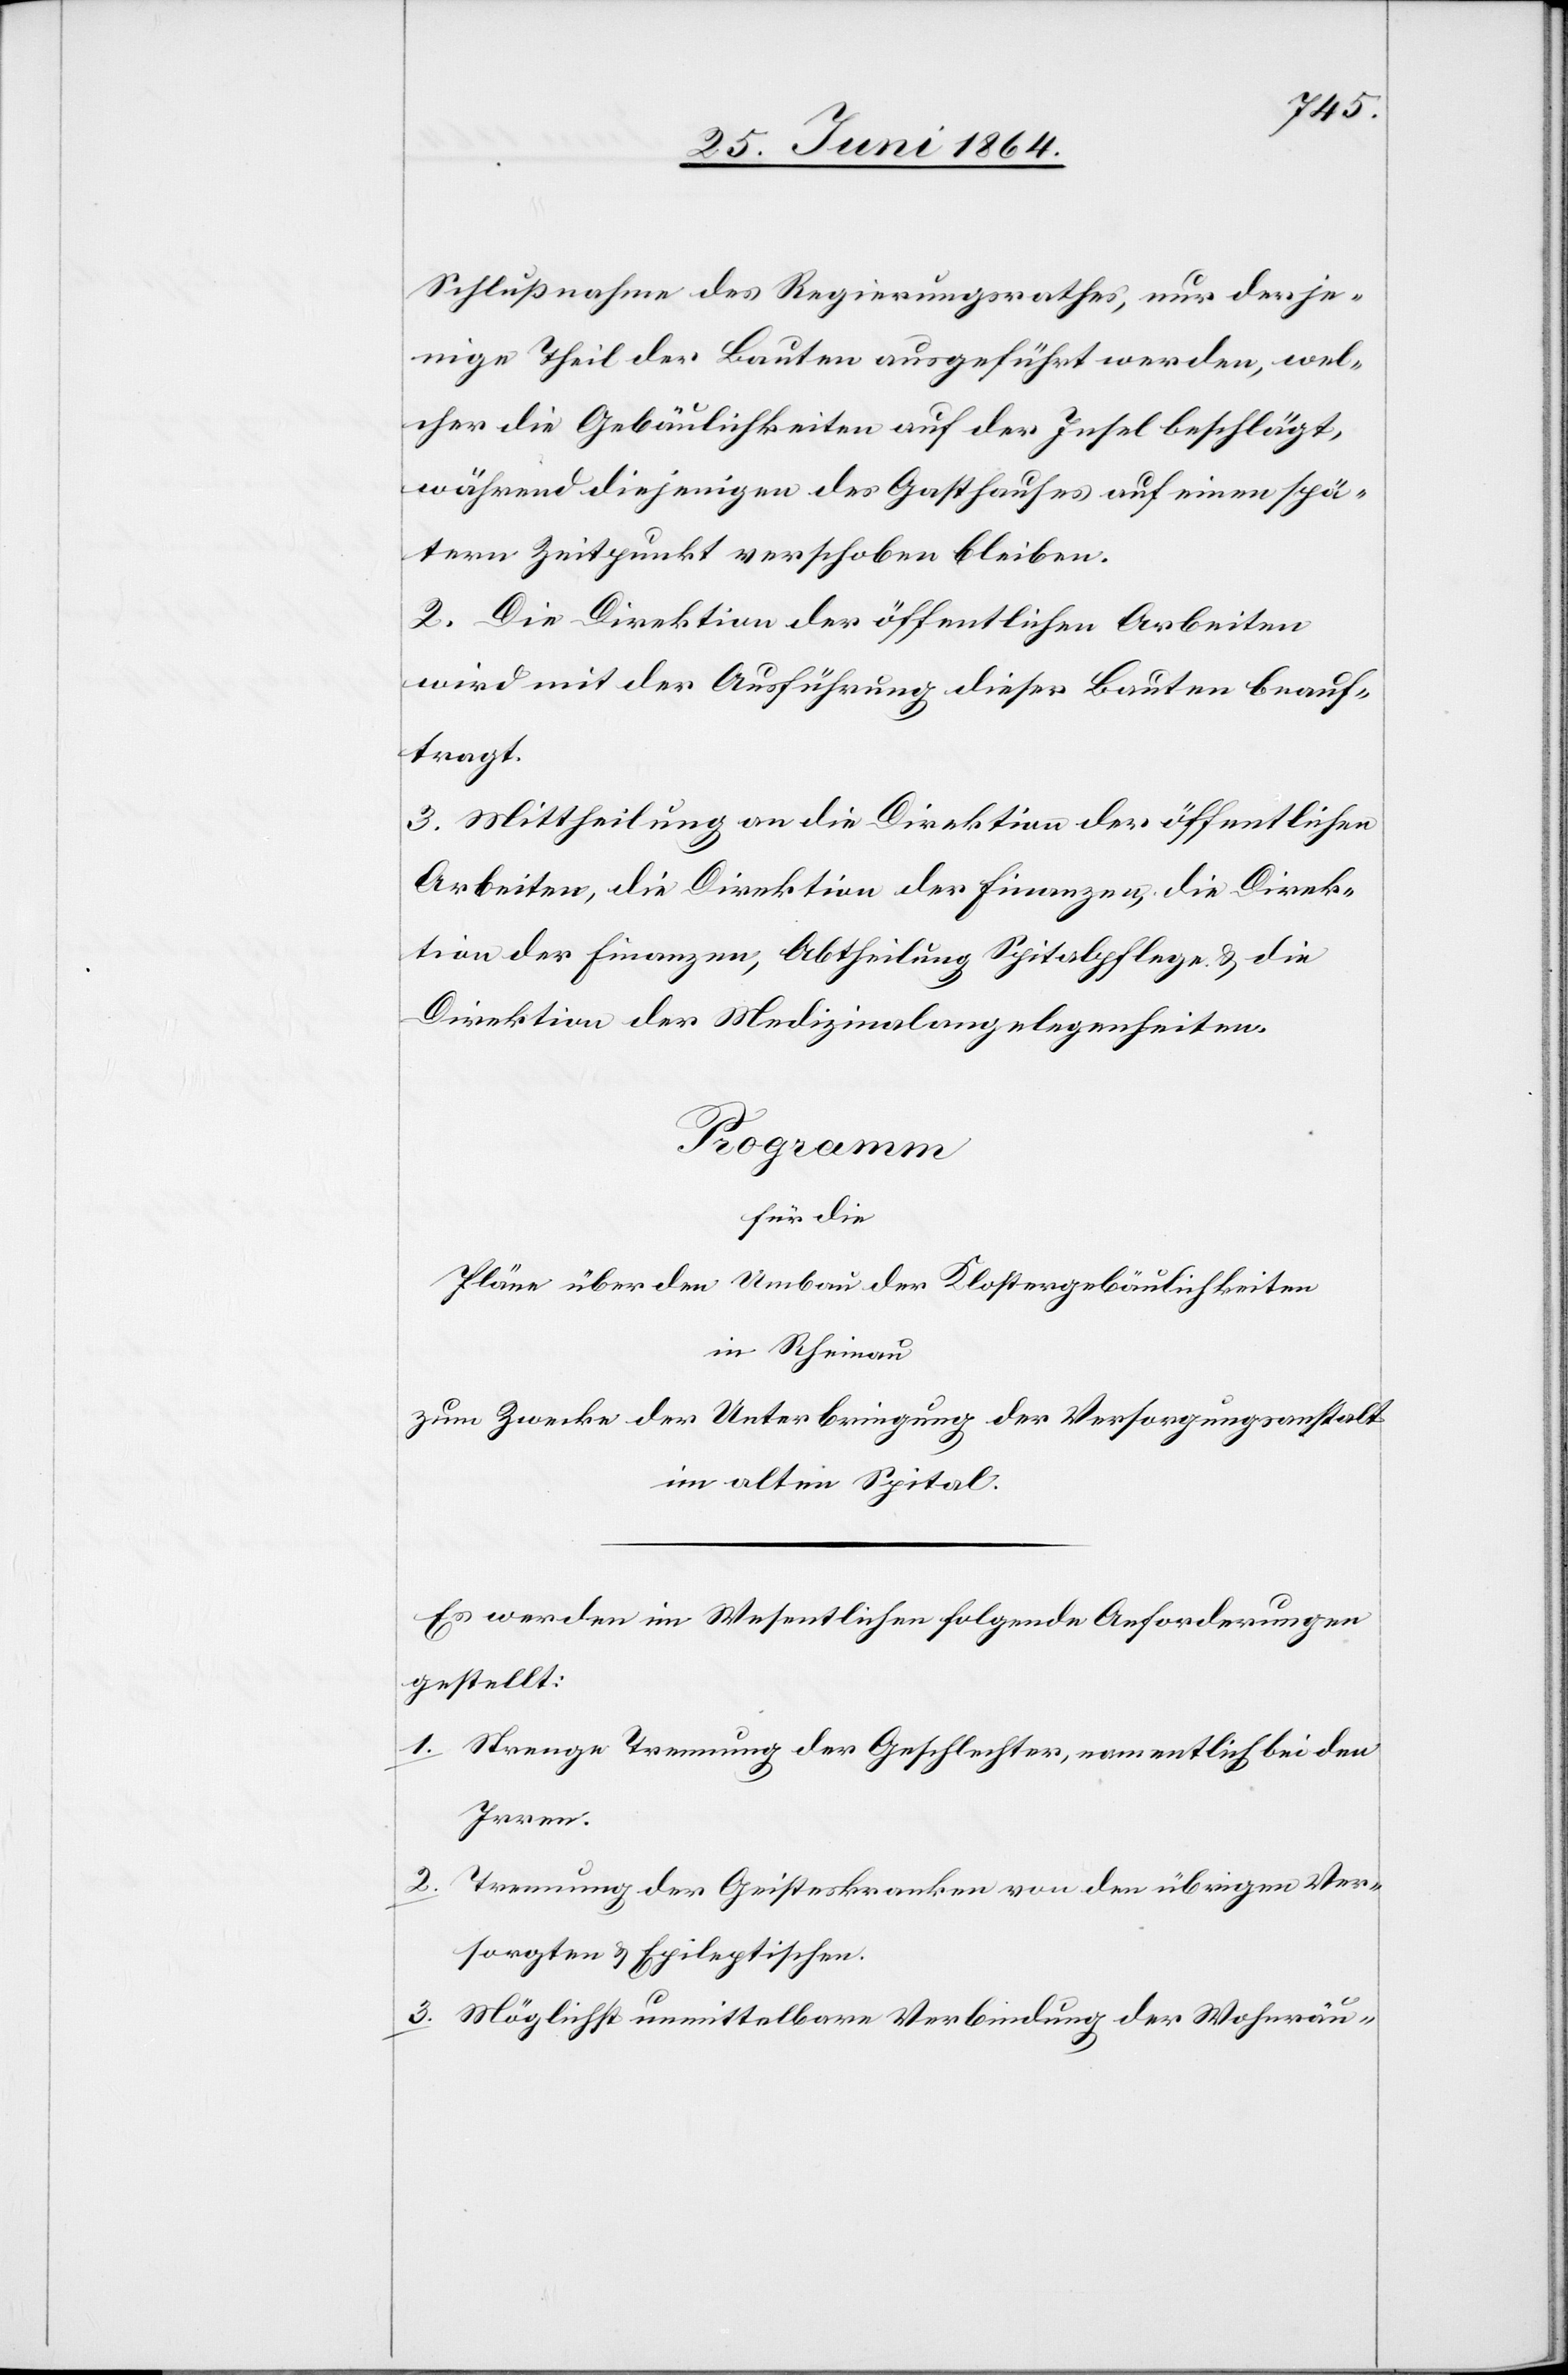
Schlußnahme des Regierungsrathes, nur derje¬
nige Theil der Bauten ausgeführt werden, wel¬
cher die Gebäulichkeiten auf der Insel beschlägt,
während diejenigen des Gasthauses auf einen spä¬
tern Zeitpunkt verschoben bleiben.
2. Die Direktion der öffentlichen Arbeiten
wird mit der Ausführung dieser Bauten beauf¬
tragt.
3. Mittheilung an die Direktion der öffentlichen
Arbeiten, die Direktion der Finanzen, die Direk¬
tion der Finanzen, Abtheilung Spitalpflege u. die
Direktion der Medizinalangelegenheiten.
Programm
für die
Pläne über den Umbau der Klostergebäulichkeiten
in Rheinau
zum Zwecke der Unterbringung der Versorgungsanstalt
im alten Spital.
Es werden im Wesentlichen folgende Anforderungen
gestellt:
1. Strenge Trennung der Geschlechter, namentlich bei den
Irren.
2. Trennung der Geisteskranken von den übrigen Ver¬
sorgten u. Epileptischen.
3. Möglichst unmittelbare Verbindung der Wohnräu-